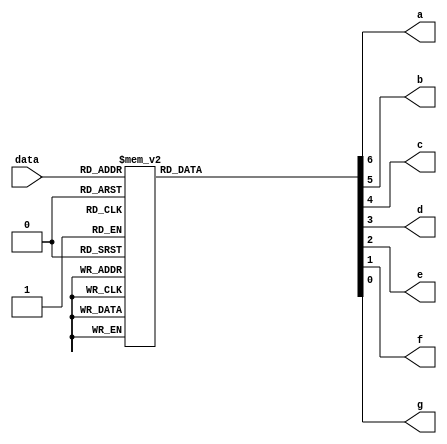
module Seven_Segment_Display(data,a,b,c,d,e,f,g);
	input [3:0]data;
	output a,b,c,d,e,f,g;
	reg a,b,c,d,e,f,g;
	always@(data)
	begin
		case(data)
			4'b0000:{a,b,c,d,e,f,g} = 7'b1111110;
			4'b0001:{a,b,c,d,e,f,g} = 7'b0110000;
			4'b0010:{a,b,c,d,e,f,g} = 7'b1101101;
			4'b0011:{a,b,c,d,e,f,g} = 7'b1111001;
			4'b0100:{a,b,c,d,e,f,g} = 7'b0110011;
			4'b0101:{a,b,c,d,e,f,g} = 7'b1011011;
			4'b0110:{a,b,c,d,e,f,g} = 7'b1011111;
			4'b0111:{a,b,c,d,e,f,g} = 7'b1110000;
			4'b1000:{a,b,c,d,e,f,g} = 7'b1111111;
			4'b1001:{a,b,c,d,e,f,g} = 7'b1111011;
			4'b1010:{a,b,c,d,e,f,g} = 7'b1110111;
			4'b1011:{a,b,c,d,e,f,g} = 7'b0011111;
			4'b1100:{a,b,c,d,e,f,g} = 7'b1001110;
			4'b1101:{a,b,c,d,e,f,g} = 7'b0111101;
			4'b1110:{a,b,c,d,e,f,g} = 7'b1001111;
			4'b1111:{a,b,c,d,e,f,g} = 7'b0000001;
			default:{a,b,c,d,e,f,g} = 7'b0000000;
		endcase
	end
endmodule